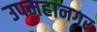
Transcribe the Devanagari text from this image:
उपमहानगर